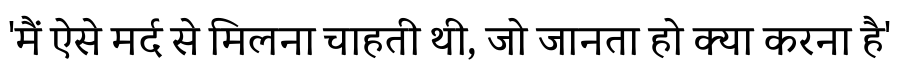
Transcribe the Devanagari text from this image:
'मैं ऐसे मर्द से मिलना चाहती थी, जो जानता हो क्या करना है'